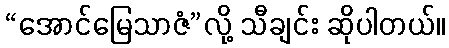
“အောင်မြေသာဇံ”လို့ သီချင်း ဆိုပါတယ်။